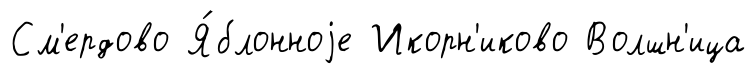
См'ердово Я́блонноjе Икорн'иково Волшн'ица